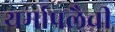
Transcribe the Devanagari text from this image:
थर्मापलैची